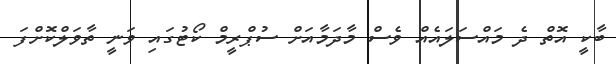
ބާކީ އޮތް ދެ މައްސަލައެއް ވެސް މާދަމާއަށް ސުޕްރީމް ކޯޓުގައި ވަނީ ތާވަލްކޮށްފަ